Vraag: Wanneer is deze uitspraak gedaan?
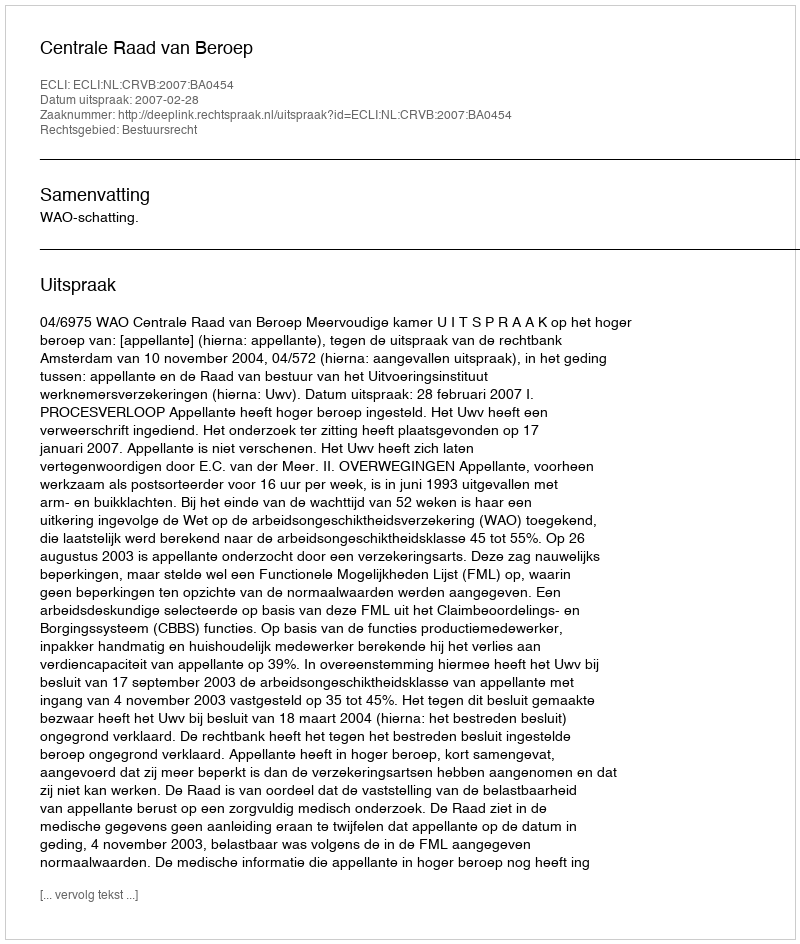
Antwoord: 2007-02-28